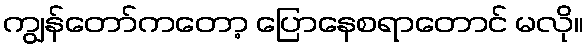
ကျွန်တော်ကတော့ ပြောနေစရာတောင် မလို။